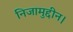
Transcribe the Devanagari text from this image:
निजामुद्दीन।